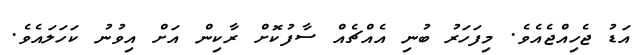
އަޑު ޖެހިއްޖެއެވެ. މިފަހަރު ބުނި އެއްޗެއް ސާފުކޮށް ރާކިން އަށް އިވުނު ކަހަލައެވެ.